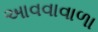
આવવાવાળા